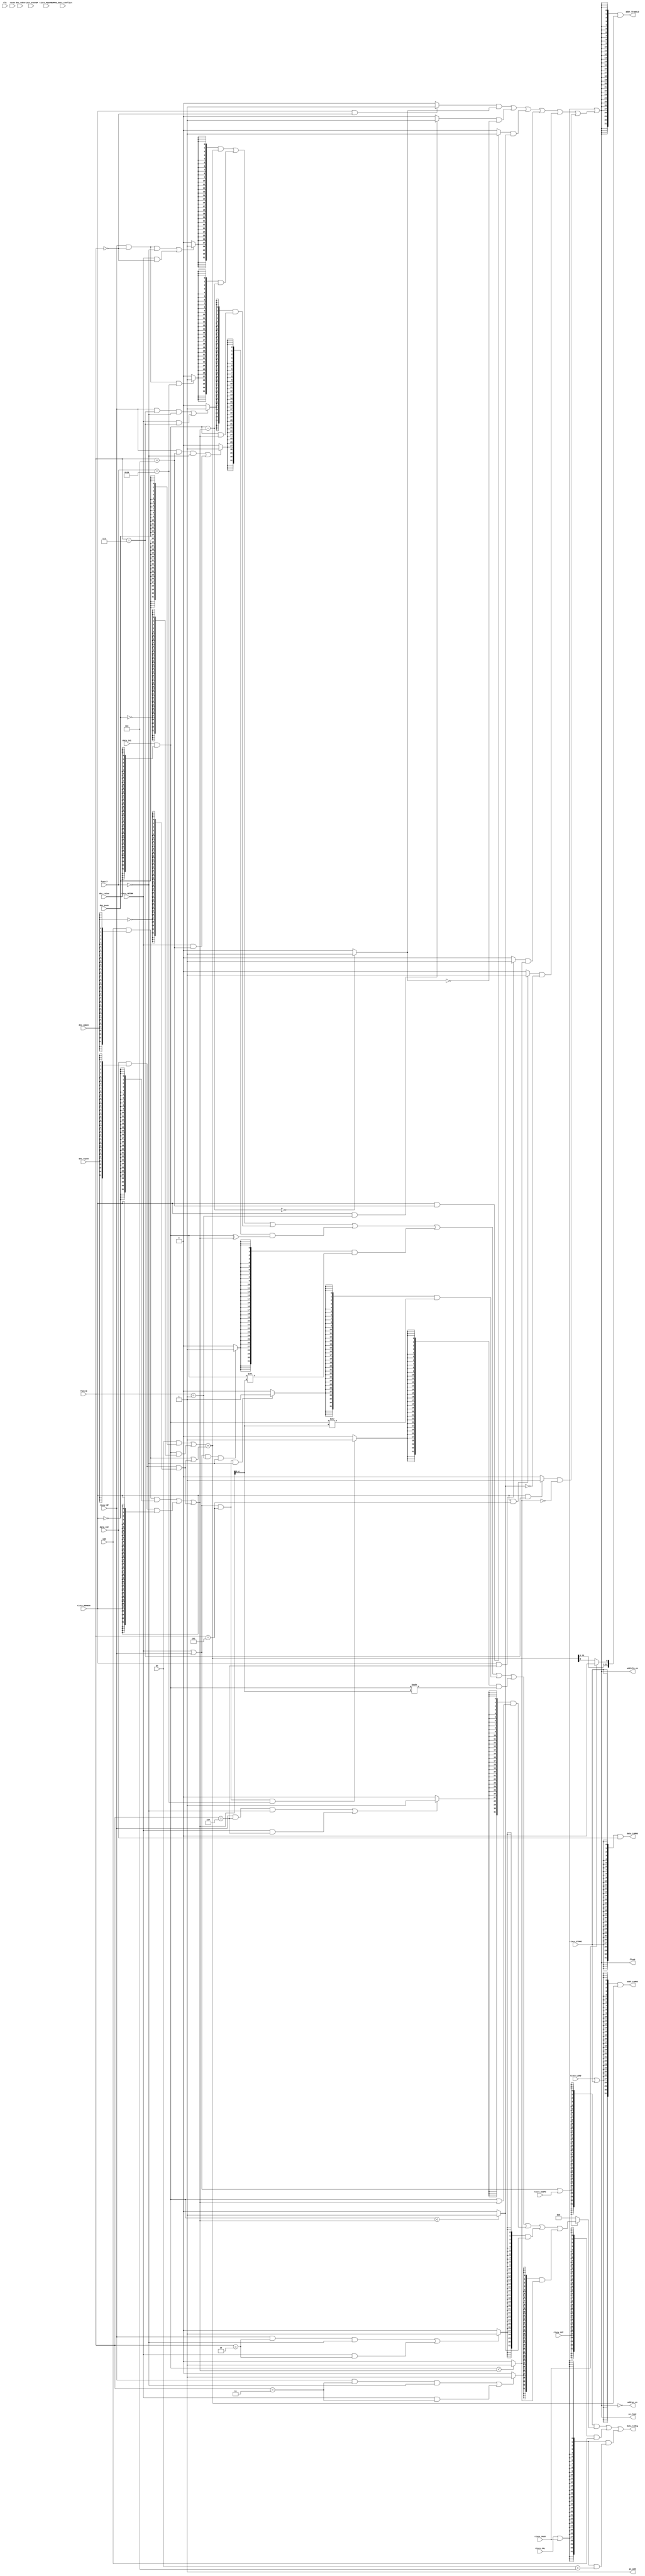
`define ADD_funct3 	3'b000
`define SUB_funct3 	3'b000
`define SLT_funct3 	3'b010
`define SLTU_funct3 	3'b011
`define XOR_funct3 	3'b100
`define OR_funct3 	3'b110
`define AND_funct3 	3'b111
`define SLL_funct3 	3'b001
`define SRL_funct3 	3'b101
`define SRA_funct3 	3'b101

`define BEQ_funct3 3'b000
`define BNE_funct3 3'b001
`define BLT_funct3 3'b100
`define BLTU_funct3 3'b110
`define BGE_funct3 3'b101
`define BGEU_funct3 3'b111


`define ADD_funct7 	7'b0
`define SUB_funct7 	7'b0100000
`define SLT_funct7 	7'b0
`define SLTU_funct7 	7'b0
`define XOR_funct7	7'b0
`define OR_funct7 	7'b0
`define AND_funct7 	7'b0
`define SLL_funct7 	7'b0
`define SRL_funct7 	7'b0
`define SRA_funct7 	7'b0100000


module ALU(
output [31:0]addr_toMAU,
output [31:0]data_toMAU,

input [31:0]data_in1,//1
input [31:0]data_in2,//2
input [31:0]imm,//
output [31:0]data_toReg,//
input [31:0]pc,//pc
output [31:0]addr_fromALU,//alu
input [2:0]funct3,
input [6:0]funct7,
input clk,
input reset,

input dec_rs1en,
input dec_rs2en,
input dec_rden,
input dec_immen,
input dec_pcen,

input riscv_LOAD,
input riscv_OPIMM,
input riscv_AUIPC,
input riscv_STORE,
input riscv_OP,
input riscv_LUI,
input riscv_BRANCH,
input riscv_JALR,
input riscv_JAL,
input riscv_SYSTEM,
input riscv_MISCMEM,

output pc_load,
output pc_add,
output flush,//
output addrpc_en,
output addralu_en,

input MAU_data_conflict
);

//
wire [31:0]alu_op1;
wire [31:0]alu_op2;
wire [31:0]alu_addin1;
wire [31:0]alu_addin2;
wire [31:0]alu_out;
wire alu_outen;

wire [31:0]alu_add;
wire [31:0]alu_sub;
wire [31:0]alu_xor;
wire [31:0]alu_sll;
wire [31:0]alu_srl;
wire [31:0]alu_sra;
wire [31:0]alu_or;
wire [31:0]alu_and;
wire [31:0]alu_slt;
wire [31:0]alu_sltu;

wire alu_adden;
wire alu_suben;
wire alu_xoren;
wire alu_sllen;
wire alu_srlen;
wire alu_sraen;
wire alu_oren;
wire alu_anden;
wire alu_slten;
wire alu_sltuen;
wire alu_op_en = riscv_OPIMM|riscv_OP;
wire alu_op_need_funct7;

wire [31:0]pc_toREG;
wire addr_fromALU_en;

wire branch_en;
wire branch_eq_op;
wire branch_ne_op;
wire branch_lt_op;
wire branch_ltu_op;
wire branch_ge_op;
wire branch_geu_op;

wire branch_eq;
wire branch_ne;
wire branch_lt;
wire branch_ltu;
wire branch_ge;
wire branch_geu;

wire addr_toMAU_en;

wire pc_toREG_en;





assign branch_en = (branch_eq_op &branch_eq)
                  |(branch_ne_op &branch_ne )
                  |(branch_lt_op &branch_lt )
                  |(branch_ltu_op&branch_ltu)
                  |(branch_ge_op &branch_ge )
                  |(branch_geu_op&branch_geu);

assign branch_eq_op  =((riscv_BRANCH==1'b1)&&(funct3 == `BEQ_funct3))?1'b1:1'b0;
assign branch_ne_op  =((riscv_BRANCH==1'b1)&&(funct3 == `BNE_funct3))?1'b1:1'b0;
assign branch_lt_op  =((riscv_BRANCH==1'b1)&&(funct3 == `BLT_funct3))?1'b1:1'b0;
assign branch_ltu_op =((riscv_BRANCH==1'b1)&&(funct3 == `BLTU_funct3))?1'b1:1'b0;
assign branch_ge_op  =((riscv_BRANCH==1'b1)&&(funct3 == `BGE_funct3))?1'b1:1'b0;
assign branch_geu_op =((riscv_BRANCH==1'b1)&&(funct3 == `BGEU_funct3))?1'b1:1'b0;

assign branch_eq = (alu_sub == 32'h00000000)?1'b1:1'b0;
assign branch_ne = ~branch_eq;
assign branch_lt = alu_slt[0];
assign branch_ge = ~branch_lt;
assign branch_ltu = alu_sltu[0];
assign branch_geu = ~branch_ltu;



assign alu_add = alu_addin1 + alu_addin2;
assign alu_xor = alu_op1 ^ alu_op2;
assign alu_or = alu_op1 | alu_op2;
assign alu_and = alu_op1 & alu_op2;
assign alu_sll = alu_op1 << alu_op2[4:0];
assign alu_srl = alu_op1 >> alu_op2[4:0];
assign alu_sra = ($signed(alu_op1)) >>> alu_op2[4:0];
assign alu_slt = (($signed(alu_op1)) < ($signed(alu_op2)))?32'h00000001:32'h00000000;
assign alu_sltu = (alu_op1 < alu_op2)?32'h00000001:32'h00000000;
assign alu_sub = alu_op1 - alu_op2;

assign alu_out = (alu_outen)?	(({32{alu_adden}}&alu_add)|
								({32{alu_suben}}&alu_sub)|
								({32{alu_anden}}&alu_and)|
								({32{alu_xoren}}&alu_xor)|
								({32{alu_sllen}}&alu_sll)|
								({32{alu_srlen}}&alu_srl)|
								({32{alu_sraen}}&alu_sra)|
								({32{alu_oren}}&alu_or)|
								({32{alu_slten}}&alu_slt)|
								({32{alu_sltuen}}&alu_sltu)):32'h00000000;

//
assign alu_adden = ((riscv_OP == 1'b1)&&(funct3 == `ADD_funct3)&&(funct7 == `ADD_funct7))||
					((riscv_OPIMM == 1'b1)&&(funct3 == `ADD_funct3))?1'b1:1'b0;


assign alu_xoren = ((riscv_OP == 1'b1)&&(funct3 == `XOR_funct3)&&(funct7 == `XOR_funct7))||
                   ((riscv_OPIMM == 1'b1)&&(funct3 == `XOR_funct3))?1'b1:1'b0;

assign alu_oren = ((riscv_OP == 1'b1)&&(funct3 == `OR_funct3)&&(funct7 == `OR_funct7))||
                   ((riscv_OPIMM == 1'b1)&&(funct3 == `OR_funct3))?1'b1:1'b0;

assign alu_anden = ((riscv_OP == 1'b1)&&(funct3 == `AND_funct3)&&(funct7 == `AND_funct7))||
                   ((riscv_OPIMM == 1'b1)&&(funct3 == `AND_funct3))?1'b1:1'b0;

assign alu_slten = ((riscv_OP == 1'b1)&&(funct3 == `SLT_funct3)&&(funct7 == `SLT_funct7))||
                   ((riscv_OPIMM == 1'b1)&&(funct3 == `SLT_funct3))?1'b1:1'b0;

assign alu_sltuen = ((riscv_OP == 1'b1)&&(funct3 == `SLTU_funct3)&&(funct7 == `SLTU_funct7))||
                   ((riscv_OPIMM == 1'b1)&&(funct3 == `SLTU_funct3))?1'b1:1'b0;

assign alu_suben = ((riscv_OP == 1'b1)&&(funct3 == `SUB_funct3)&&(funct7 == `SUB_funct7))?1'b1:1'b0;

assign alu_sllen = ((alu_op_en == 1'b1)&&(funct3 == `SLL_funct3)&&(funct7 == `SLL_funct7))?1'b1:1'b0;

assign alu_srlen = ((alu_op_en == 1'b1)&&(funct3 == `SRL_funct3)&&(funct7 == `SRL_funct7))?1'b1:1'b0;

assign alu_sraen = ((alu_op_en == 1'b1)&&(funct3 == `SRA_funct3)&&(funct7 == `SRA_funct7))?1'b1:1'b0;



assign alu_addin1 =(pc&{32{dec_pcen}})|
					(data_in1&{32{dec_rs1en}}&{32{~dec_pcen}});
assign alu_addin2 =(imm&{32{dec_immen}})|
					(data_in2&{32{dec_rs2en}}&{32{~dec_immen}});
assign alu_op1 = 	(data_in1&{32{dec_rs1en}});
assign alu_op2 = 	((imm&{32{dec_immen}})&{32{~riscv_BRANCH}})|
					((data_in2&{32{dec_rs2en}})&{32{riscv_BRANCH}})|
					((data_in2&{32{dec_rs2en}})&{32{~dec_immen}});


assign data_toReg = ({32{alu_outen}}&alu_out)|
                    ({32{riscv_LUI}}&imm)|
                    ({32{pc_toREG_en}}&pc_toREG);


assign alu_outen = alu_op_en|riscv_AUIPC;

assign pc_toREG = ({32{pc_toREG_en}}&(pc + 32'd4));
assign pc_toREG_en = riscv_JAL|riscv_JALR;


assign addr_fromALU = {32{addr_fromALU_en}}&{alu_add[31:1],(riscv_JALR==1'b0)?alu_add[0]:1'b0};
assign addr_fromALU_en = pc_load;

assign pc_load = riscv_JAL|riscv_JALR|branch_en;
assign pc_add = 1'b1;


assign addrpc_en = ~addralu_en;
assign addralu_en = pc_load;

assign flush = pc_load;



assign addr_toMAU_en = riscv_LOAD|riscv_STORE;
assign addr_toMAU = {32{addr_toMAU_en}}&alu_add;
assign data_toMAU = {32{riscv_STORE}}&data_in2;


endmodule